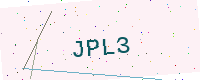
Text: JPL3